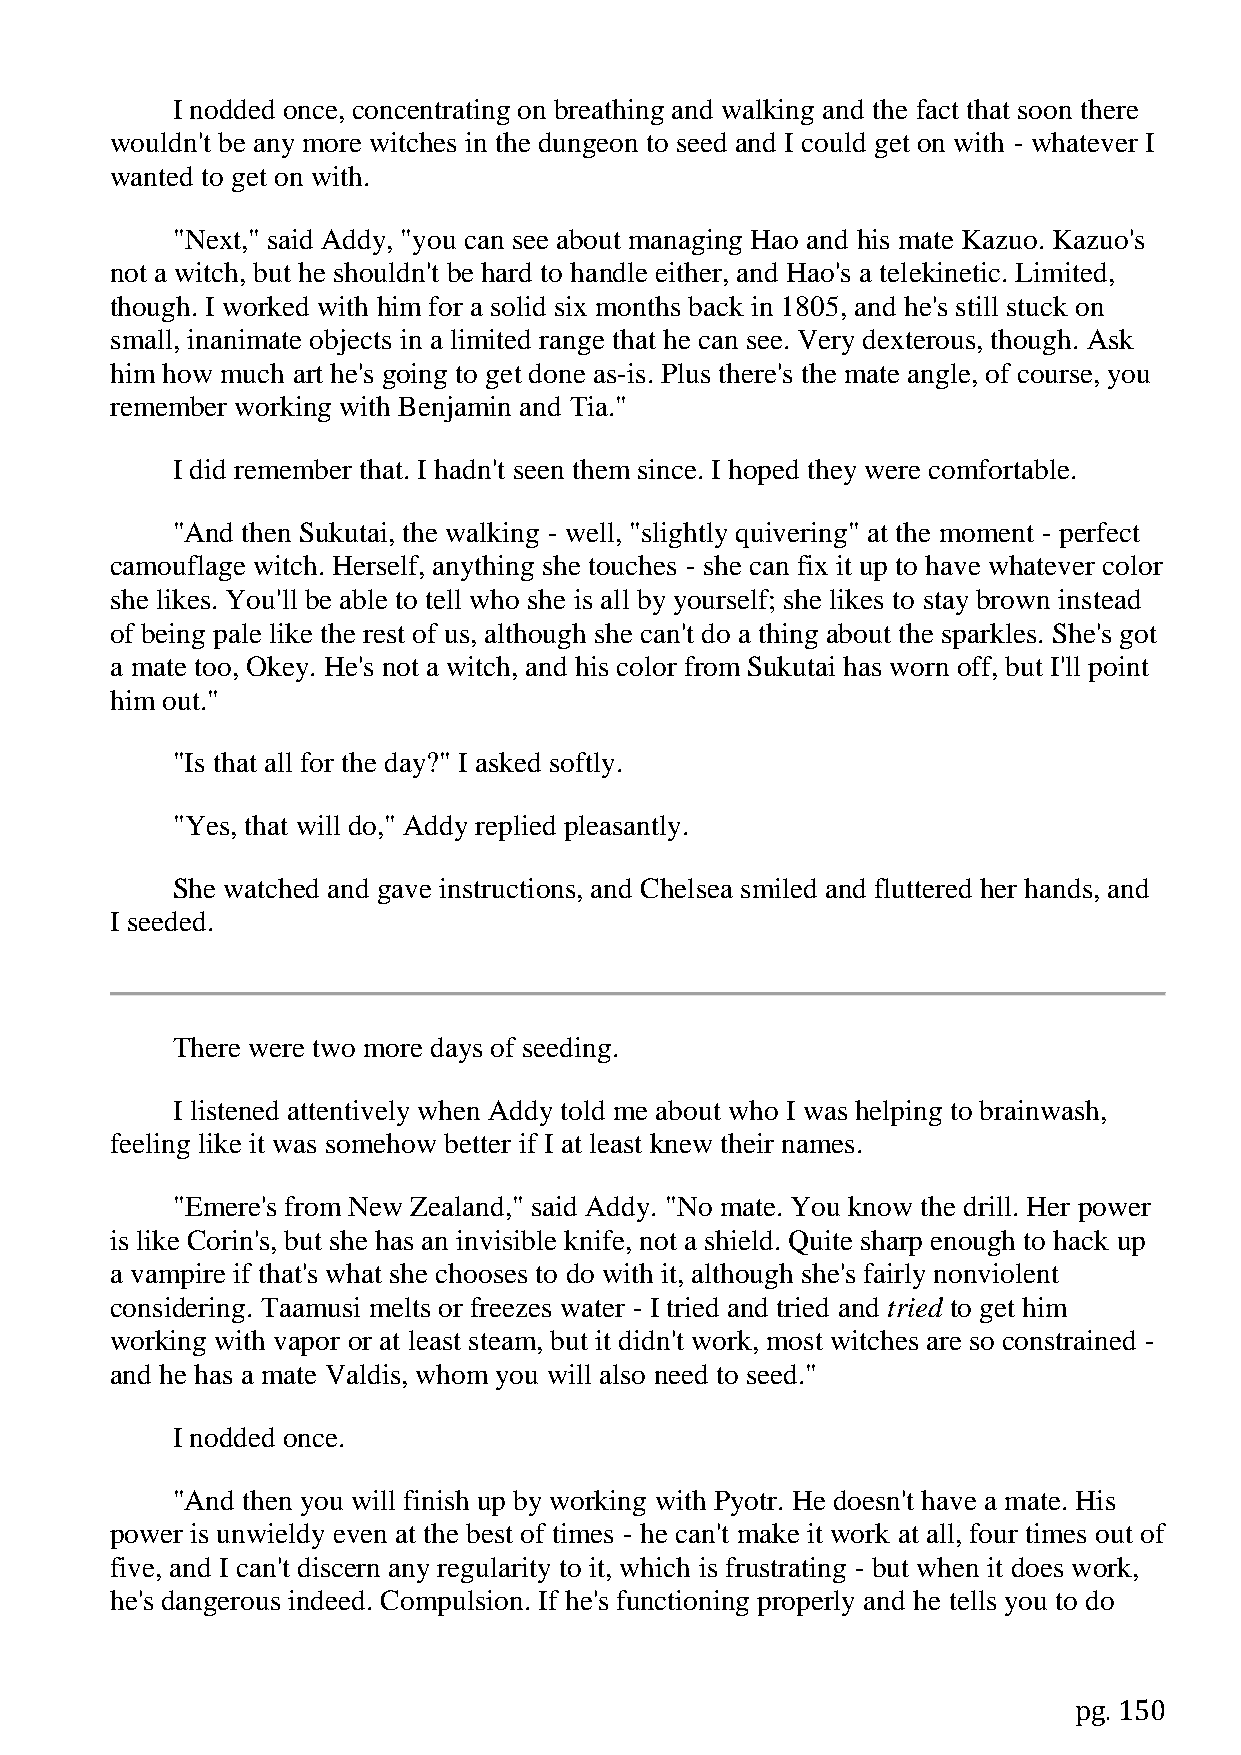
I nodded once, concentrating on breathing and walking and the fact that soon there
 wouldn't be any more witches in the dungeon to seed and I could get on with - whatever I
 wanted to get on with.
 "Next," said Addy, "you can see about managing Hao and his mate Kazuo. Kazuo's
 not a witch, but he shouldn't be hard to handle either, and Hao's a telekinetic. Limited,
 though. I worked with him for a solid six months back in 1805, and he's still stuck on
 small, inanimate objects in a limited range that he can see. Very dexterous, though. Ask
 him how much art he's going to get done as-is. Plus there's the mate angle, of course, you
 remember working with Benjamin and Tia."
 I did remember that. I hadn't seen them since. I hoped they were comfortable.
 "And then Sukutai, the walking - well, "slightly quivering" at the moment - perfect
 camouflage witch. Herself, anything she touches - she can fix it up to have whatever color
 she likes. You'll be able to tell who she is all by yourself; she likes to stay brown instead
 of being pale like the rest of us, although she can't do a thing about the sparkles. She's got
 a mate too, Okey. He's not a witch, and his color from Sukutai has worn off, but I'll point
 him out."
 "Is that all for the day?" I asked softly.
 "Yes, that will do," Addy replied pleasantly.
 She watched and gave instructions, and Chelsea smiled and fluttered her hands, and
 I seeded.
 There were two more days of seeding.
 I listened attentively when Addy told me about who I was helping to brainwash,
 feeling like it was somehow better if I at least knew their names.
 "Emere's from New Zealand," said Addy. "No mate. You know the drill. Her power
 is like Corin's, but she has an invisible knife, not a shield. Quite sharp enough to hack up
 a vampire if that's what she chooses to do with it, although she's fairly nonviolent
 considering. Taamusi melts or freezes water - I tried and tried and tried to get him
 working with vapor or at least steam, but it didn't work, most witches are so constrained -
 and he has a mate Valdis, whom you will also need to seed."
 I nodded once.
 "And then you will finish up by working with Pyotr. He doesn't have a mate. His
 power is unwieldy even at the best of times - he can't make it work at all, four times out of
 five, and I can't discern any regularity to it, which is frustrating - but when it does work,
 he's dangerous indeed. Compulsion. If he's functioning properly and he tells you to do
 pg. 150